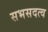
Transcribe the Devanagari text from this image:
सभसदत्व